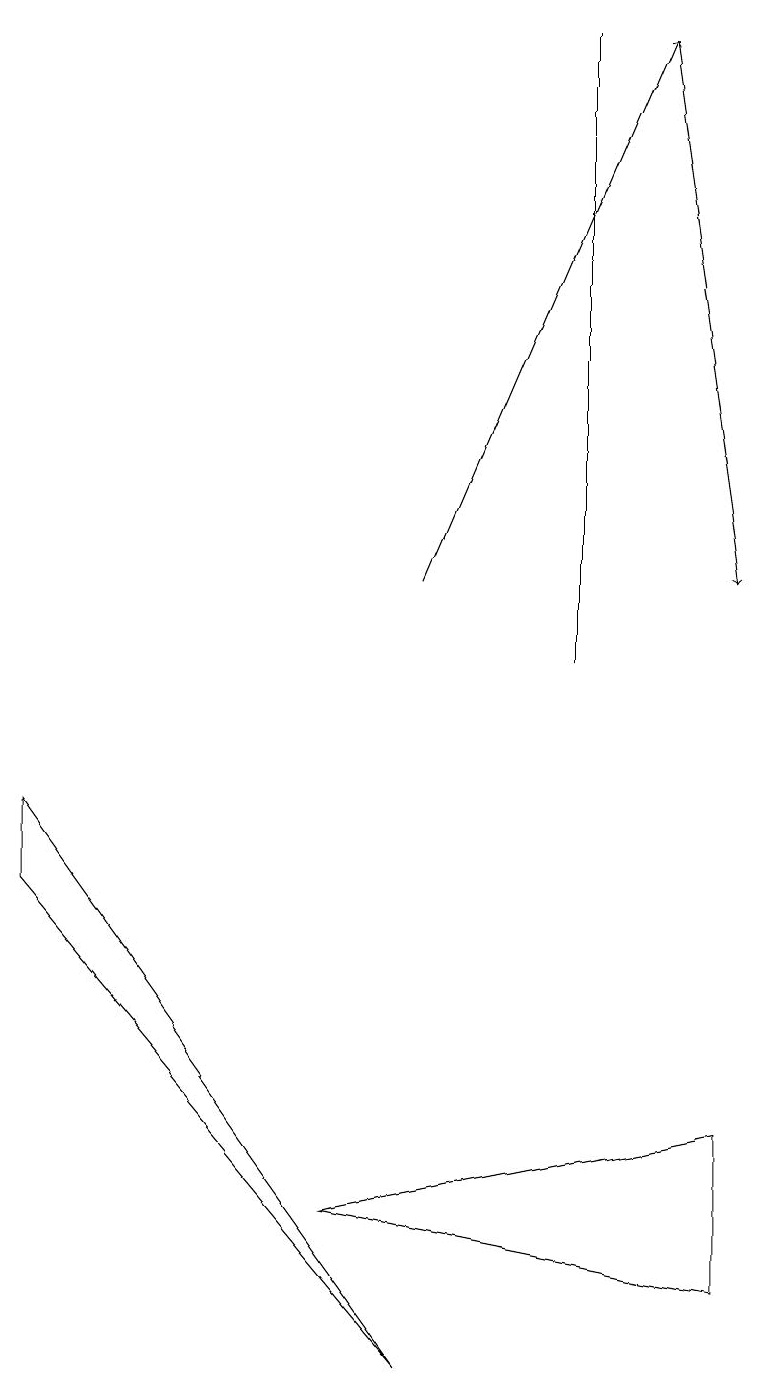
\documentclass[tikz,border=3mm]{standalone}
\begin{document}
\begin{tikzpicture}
\draw (0,9) -- (0,8) -- (5,2) -- cycle;
\draw[->] (5,12) -- (8,19);
\draw (7,11) rectangle (7,19);
\draw (9,5) -- (9,3) -- (4,4) -- cycle;
\draw[->] (8,19) -- (9,12);
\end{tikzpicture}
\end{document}